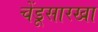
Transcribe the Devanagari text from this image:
चेंडूसारखा